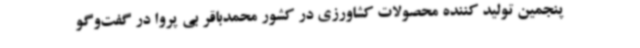
پنجمین تولید کننده محصولات کشاورزی در کشور محمدباقر بی پروا در گفت‌وگو